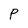
Character: P